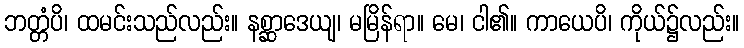
ဘတ္တံပိ၊ ထမင်းသည်လည်း။ နစ္ဆာဒေယျ၊ မမြိန်ရာ။ မေ၊ ငါ၏။ ကာယေပိ၊ ကိုယ်၌လည်း။